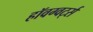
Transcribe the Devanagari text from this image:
हॉवग्वर्ट्स